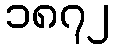
၁၈၇၂